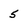
Character: 5